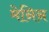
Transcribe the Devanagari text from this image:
मेनिन